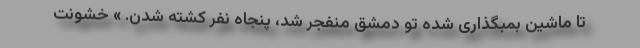
تا ماشین بمبگذاری شده تو دمشق منفجر شد، پنجاه نفر کشته شدن. » خشونت